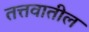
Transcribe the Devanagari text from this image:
तत्तवातील